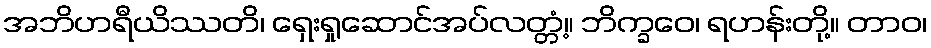
အဘိဟရီယိဿတိ၊ ရှေးရှုဆောင်အပ်လတ္တံ့။ ဘိက္ခဝေ၊ ရဟန်းတို့။ တာဝ၊